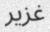
غزير